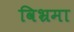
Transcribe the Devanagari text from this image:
विभ्रमा